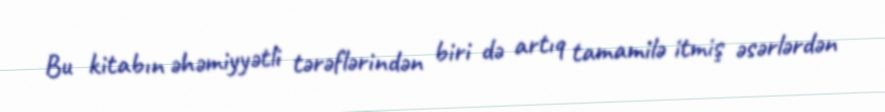
Bu kitabın əhəmiyyətli tərəflərindən biri də artıq tamamilə itmiş əsərlərdən